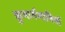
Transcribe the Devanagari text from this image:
कुमार्गगामियों